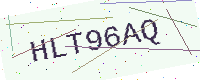
Text: HLT96AQ